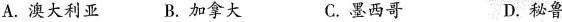
A. 澳大利亚 B. 加拿大 C. 墨西哥 D. 秘鲁